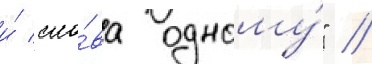
и́ сло́ва одному́" //